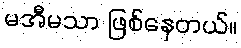
မအီမသာ ဖြစ်နေတယ်။